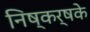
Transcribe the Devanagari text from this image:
निष्कर्षके